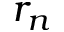
r _ { n }